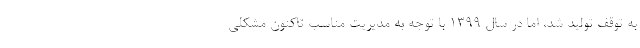
به توقف تولید شد، اما در سال ۱۳۹۹ با توجه به مدیریت مناسب تاکنون مشکلی